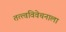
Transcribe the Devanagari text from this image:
तत्त्वविवेचनाला